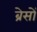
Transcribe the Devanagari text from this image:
ब्रेसों